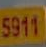
5911